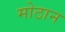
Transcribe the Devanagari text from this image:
मोठान